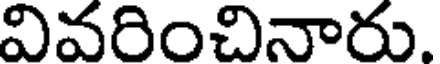
వివరించినారు.